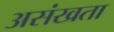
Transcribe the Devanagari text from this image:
असंखता